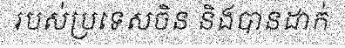
របស់ប្រទេសចិន និងបានដាក់